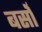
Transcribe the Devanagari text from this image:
बसोँ